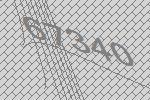
67340